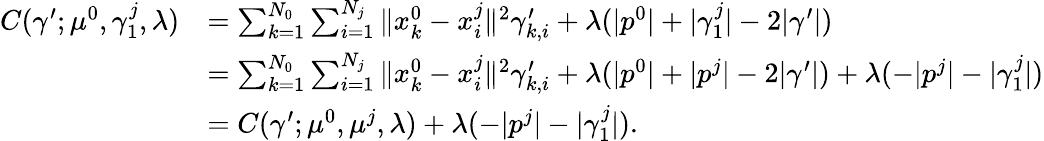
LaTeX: \begin{array}{rl}{C(\gamma^{\prime};\mu^{0},\gamma_{1}^{j},\lambda)}&{=\sum_{k=1}^{N_{0}}\sum_{i=1}^{N_{j}}\| x_{k}^{0}-x_{i}^{j}\| ^{2}\gamma_{k,i}^{\prime}+\lambda(|p^{0}|+|\gamma_{1}^{j}|-2|\gamma^{\prime}|)}\\ &{=\sum_{k=1}^{N_{0}}\sum_{i=1}^{N_{j}}\| x_{k}^{0}-x_{i}^{j}\| ^{2}\gamma_{k,i}^{\prime}+\lambda(|p^{0}|+|p^{j}|-2|\gamma^{\prime}|)+\lambda(-|p^{j}|-|\gamma_{1}^{j}|)}\\ &{=C(\gamma^{\prime};\mu^{0},\mu^{j},\lambda)+\lambda(-|p^{j}|-|\gamma_{1}^{j}|).}\end{array}